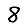
Digit: 8